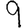
Digit: 9